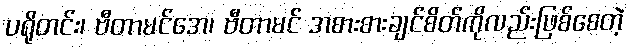
ပရိုတင်း၊ ဗီတာမင်အေ၊ ဗီတာမင် အစားစားချင်စိတ်ကိုလည်းဖြစ်စေတဲ့